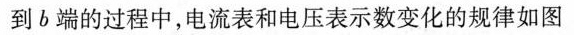
到b端的过程中，电流表和电压表示数变化的规律如图